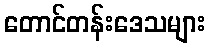
တောင်တန်းဒေသများ